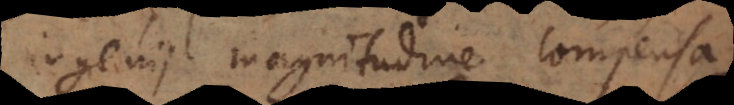
ingenii magnitudine compensa